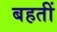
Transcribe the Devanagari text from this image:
बहतीं